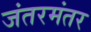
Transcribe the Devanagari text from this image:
जंतरमंतर